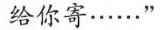
给你寄……”